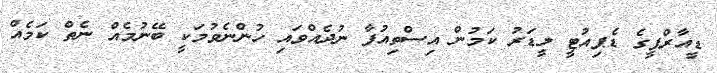
ޑީއާރްޕީގެ ޑެޕިއުޓީ ލީޑަރު ކަމުން އިސްތިއުފާ ނުދެއްވައި ހުންނެވުމަކީ ބޭނުމެއް ނެތް ކަމެއް